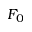
F _ { 0 }